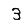
Digit: 3